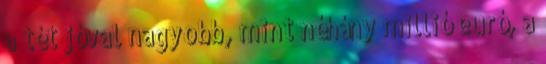
a tét jóval nagyobb, mint néhány millió euró, a